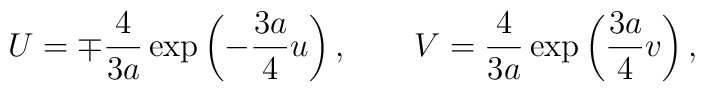
U = \mp\frac{4}{3a}         \exp \left( -\frac{3a}{4}u \right), \quad\quad  V =    \frac{4}{3a}         \exp \left(  \frac{3a}{4}v \right),